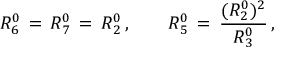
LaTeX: R _ { 6 } ^ { 0 } \, = \, R _ { 7 } ^ { 0 } \, = \, R _ { 2 } ^ { 0 } \, , \qquad R _ { 5 } ^ { 0 } \, = \, \frac { ( R _ { 2 } ^ { 0 } ) ^ { 2 } } { R _ { 3 } ^ { 0 } } \, ,